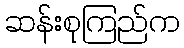
ဆန်းစုကြည်က